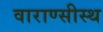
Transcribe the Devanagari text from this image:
वाराण्सीस्थ